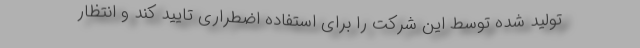
تولید شده توسط این شرکت را برای استفاده اضطراری تایید کند و انتظار